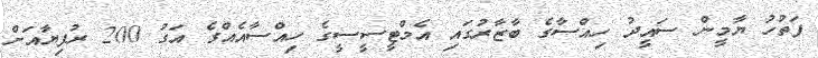
ފަތުހު ޔާމީން ސައީދު ހިއްސާގެ ބާޒާރުގައި އެމްޓީސީސީގެ ހިއްސާއެއްގެ އަގު 200 ރުފިޔާއަށް